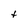
Character: t